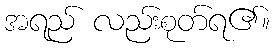
အရည် လည်းစုတ်ရ၏။